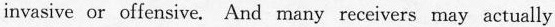
invasive or offensive. And mary receivers may actually